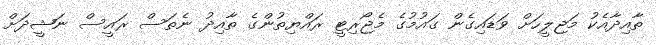
ތާއިދާއެކު މަޖިލީހަށް ވަޑައިގެން ގައުމުގެ މެޖޯރިޓީ ރައްޔިތުންގެ ތާއިދު ނެތަސް ރައީސް ނަޝީދަށް